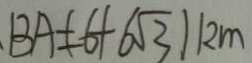
B A = ( 6 + 6 \sqrt { 3 } ) k m